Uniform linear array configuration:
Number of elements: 64
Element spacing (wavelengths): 1
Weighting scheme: binomial
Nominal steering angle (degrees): -30
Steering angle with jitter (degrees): -30.996
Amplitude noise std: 0.05
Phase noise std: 0.05

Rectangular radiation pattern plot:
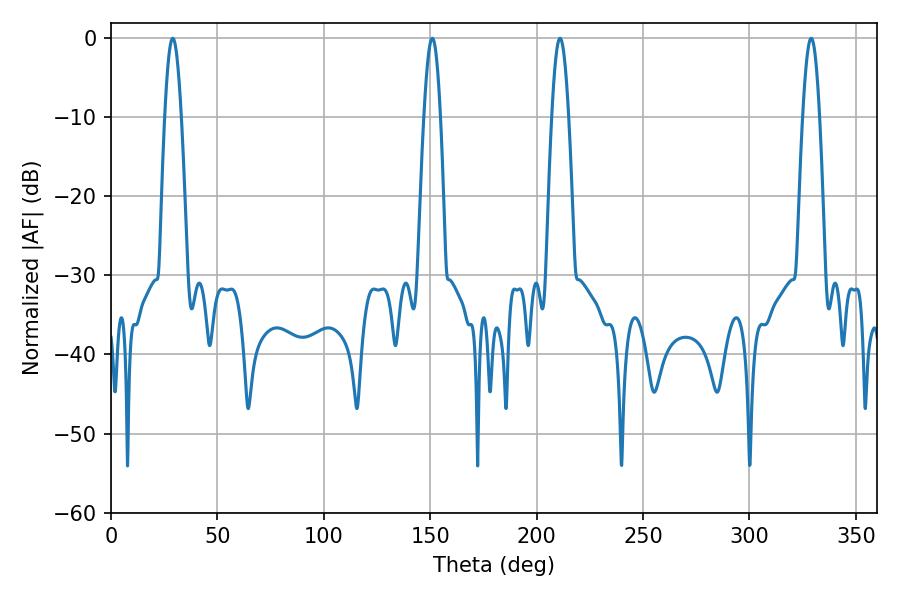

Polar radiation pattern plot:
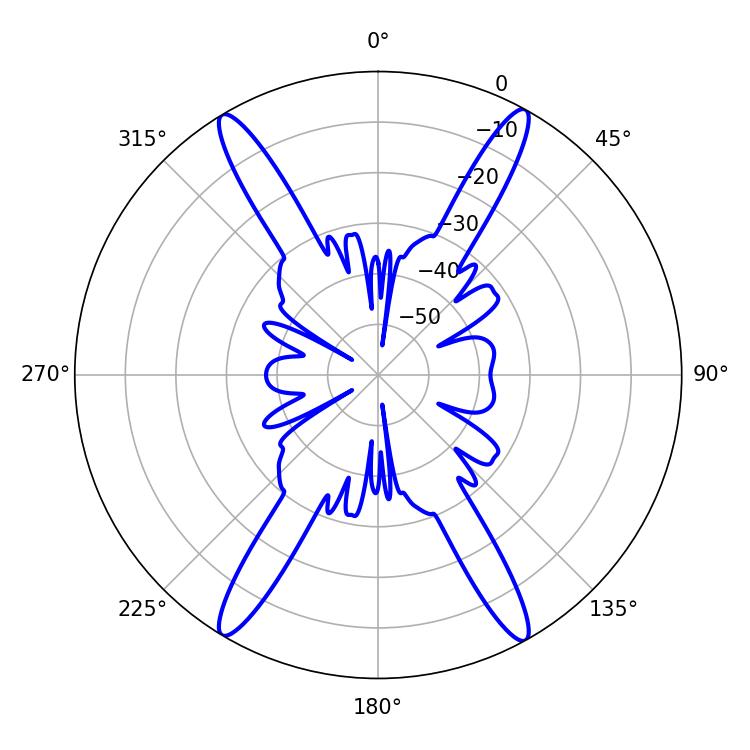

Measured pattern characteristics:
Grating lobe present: TRUE
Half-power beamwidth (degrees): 4.32
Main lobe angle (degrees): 210.96